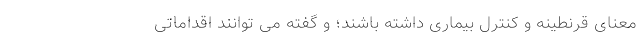
معنای قرنطینه و کنترل بیماری داشته باشند؛ و گفته می توانند اقداماتی